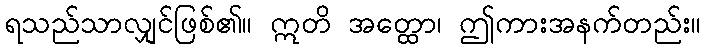
ရသည်သာလျှင်ဖြစ်၏။ ဣတိ အတ္ထော၊ ဤကားအနက်တည်း။